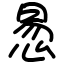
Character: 惖